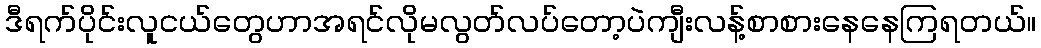
ဒီရက်ပိုင်းလူငယ်တွေဟာအရင်လိုမလွတ်လပ်တော့ပဲကျီးလန့်စာစားနေနေကြရတယ်။